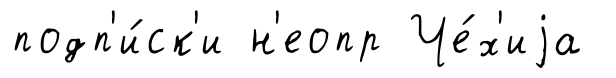
подп'и́ск'и н'еопр Че́х'иjа